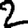
Digit: 2